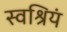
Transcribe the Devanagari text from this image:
स्वश्रियं